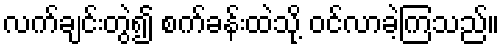
လက်ချင်းတွဲ၍ စက်ခန်းထဲသို့ ဝင်လာခဲ့ကြသည်။